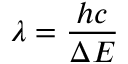
\lambda = { \frac { h c } { \Delta E } }